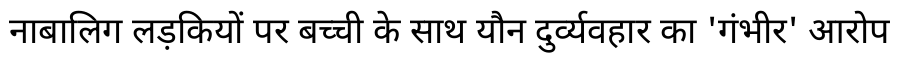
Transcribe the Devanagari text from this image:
नाबालिग लड़कियों पर बच्ची के साथ यौन दुर्व्यवहार का 'गंभीर' आरोप